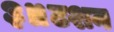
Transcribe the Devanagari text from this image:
३॥टशन